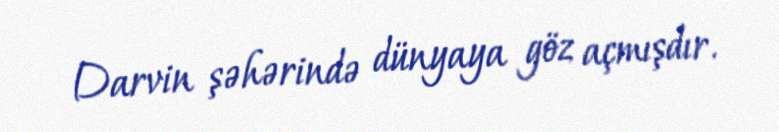
Darvin şəhərində dünyaya göz açmışdır.